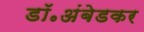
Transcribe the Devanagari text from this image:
डॉ॰अंबेडकर